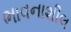
ભાવનાશીલ